Vaccination Hyderabad 1872-1889 - 1872-1889
Year: 1872
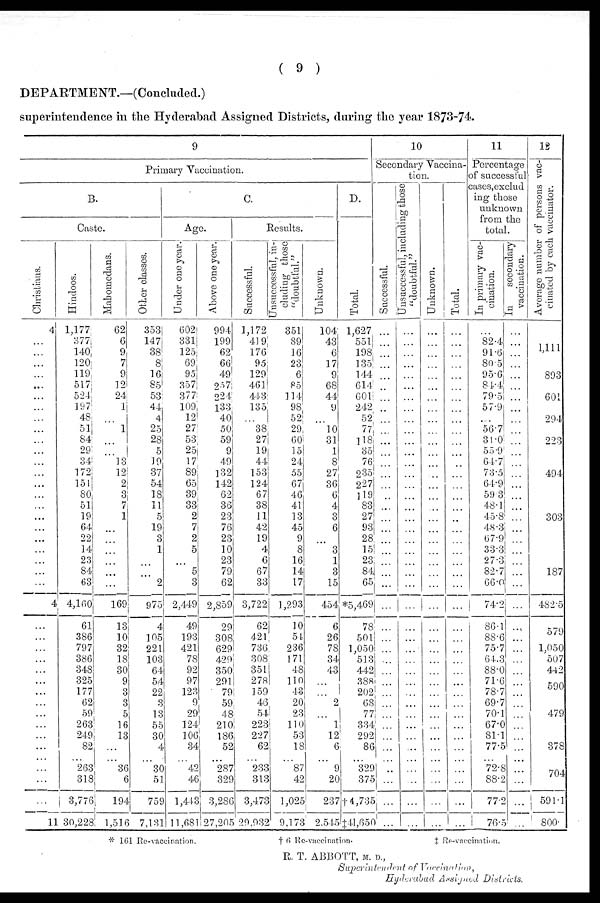
( 9 )
DEPARTMENT.—(Concluded.)
superintendence in the Hyderabad Assigned Districts, during the year 1873-74.
9
Primary Vaccination.
B.
Caste.
Christians.
4
...
...
...
...
...
...
...
...
...
...
...
...
...
...
...
...
...
...
...
...
...
...
...
4
...
...
...
...
...
...
...
...
...
...
...
...
...
...
...
...
11
Hindoos.
1,177
377
140
120
119
517
524
197
48
51
84
29
34
172
151
80
51
19
64
22
14
23
84
63
4,160
61
386
797
386
348
325
177
62
59
263
249
82
...
263
318
3,776
30,228
Mahomedans.
62
6
9
7
9
12
24
1
...
1
...
...
13
12
2
3
7
1
...
...
...
...
...
...
169
13
10
32
18
30
9
3
3
5
16
13
...
...
36
6
194
1,516
Other classes.
353
147
38
8
16
85
53
44
4
25
28
5
19
37
54
18
11
5
19
3
1
...
...
2
975
4
105
221
103
64
54
22
3
13
55
30
4
...
30
51
759
7,131
C.
Age.
Under one year.
602
331
125
69
95
357
377
109
12
27
53
25
17
89
65
39
33
2
7
2
5
...
5
3
2,449
49
193
421
78
92
97
123
9
29
124
106
34
...
42
46
1,443
11,681
Above one year.
994
199
62
66
49
257
224
133
40
50
59
9
49
132
142
62
36
23
76
23
10
23
79
62
2,859
29
308
629
429
350
291
79
59
48
210
186
52
...
287
329
3,286
27,205
Results.
Successful.
1,172
419
176
95
129
461
443
135
...
38
27
19
44
153
124
67
38
11
42
19
4
6
67
33
3,722
62
421
736
308
351
278
159
46
54
223
227
62
...
233
313
3,473
29,932
Unsuccessful, in-
cluding those
"doubtful."
351
89
16
23
6
85
114
98
52
29
60
15
24
55
67
46
41
13
45
9
8
16
14
17
1,293
10
54
236
171
48
110
43
20
23
110
53
18
...
87
42
1,025
9,173
Unknown.
104
43
6
17
9
68
44
9
...
10
31
1
8
27
36
6
4
3
6
...
3
1
3
15
454
6
26
78
34
43
...
...
2
...
1
12
6
...
9
20
237
2,545
D.
Total.
1,627
551
198
135
144
614
601
242
52
77
118
35
76
235
227
119
83
27
93
28
15
23
84
65
*5,469
78
501
1,050
513
442
388
202
68
77
334
292
86
...
329
375
†4,735
‡41,650
10
Secondary Vaccina-
tion.
Successful.
...
...
...
...
...
...
...
...
...
...
...
...
...
...
...
...
...
...
...
...
...
...
...
...
...
...
...
...
...
...
...
...
...
...
...
...
...
...
...
...
...
...
Unsuccessful, including those
"doubtful."
...
...
...
...
...
...
...
...
...
...
...
...
...
...
...
...
...
...
...
...
...
...
...
...
...
...
...
...
...
...
...
...
...
...
...
...
...
...
...
...
...
...
Unknown.
...
...
...
...
...
...
...
...
...
...
...
...
...
...
...
...
...
...
...
...
...
...
...
...
...
...
...
...
...
...
...
...
...
...
...
...
...
...
...
...
...
...
Total.
...
...
...
...
...
...
...
...
...
...
...
...
...
...
...
...
...
...
...
...
...
...
...
...
...
...
...
...
...
...
...
...
...
...
...
...
...
...
...
...
...
...
11
Percentage
of successful
cases,exclud
ing those
unknown
from the
total.
In primary vac-
cination.
...
82.4
91.6
80.5
95.6
84.4
79.5
57.9
...
56.7
31.0
55.9
64.7
73.5
64.9
59.3
48.1
45.8
48.3
67.9
33.3
27.3
82.7
66.0
74.2
86.1
88.6
75.7
64.3
88.0
71.6
78.7
69.7
70.1
67.0
81.1
77.5
...
72.8
88.2
77.2
76.5
In
secondary
vaccination.
...
...
...
...
...
...
...
...
...
...
...
...
...
...
...
...
...
...
...
...
...
...
...
...
...
...
...
...
...
...
...
...
...
...
...
...
...
...
...
...
...
...
12
Average number of persons vac-
cinated by each vaccinator.
1,111
893
601
...
294
223
...
494
303
187
482.5
579
1,050
507
442
590
479
378
704
591.1
800.
* 161 Re-vaccination.
† 6 Re-vaccination.
‡ Re-vaccination.
R. T. ABBOTT, M. D.,
Superintendent of Vaccination,
Hyderabad Assigned
Districts.